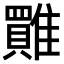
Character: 𩀺